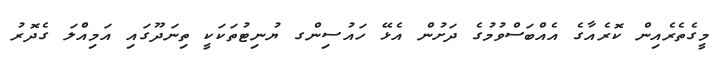
މީގެތެރެއިން ކޮރެއާގެ އެއްބަސްވުމުގެ ދަށުން އެޅޭ ހައުސިންގ ޔުނިޓުތަކަކީ ތިނަދޫގައި އަމިއެްލަ ގެދޮރު